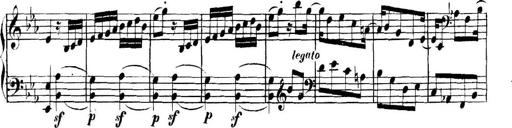
Title: Collected Piano Sonatas
Composer: Muzio Clementi